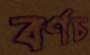
বর্ণচ